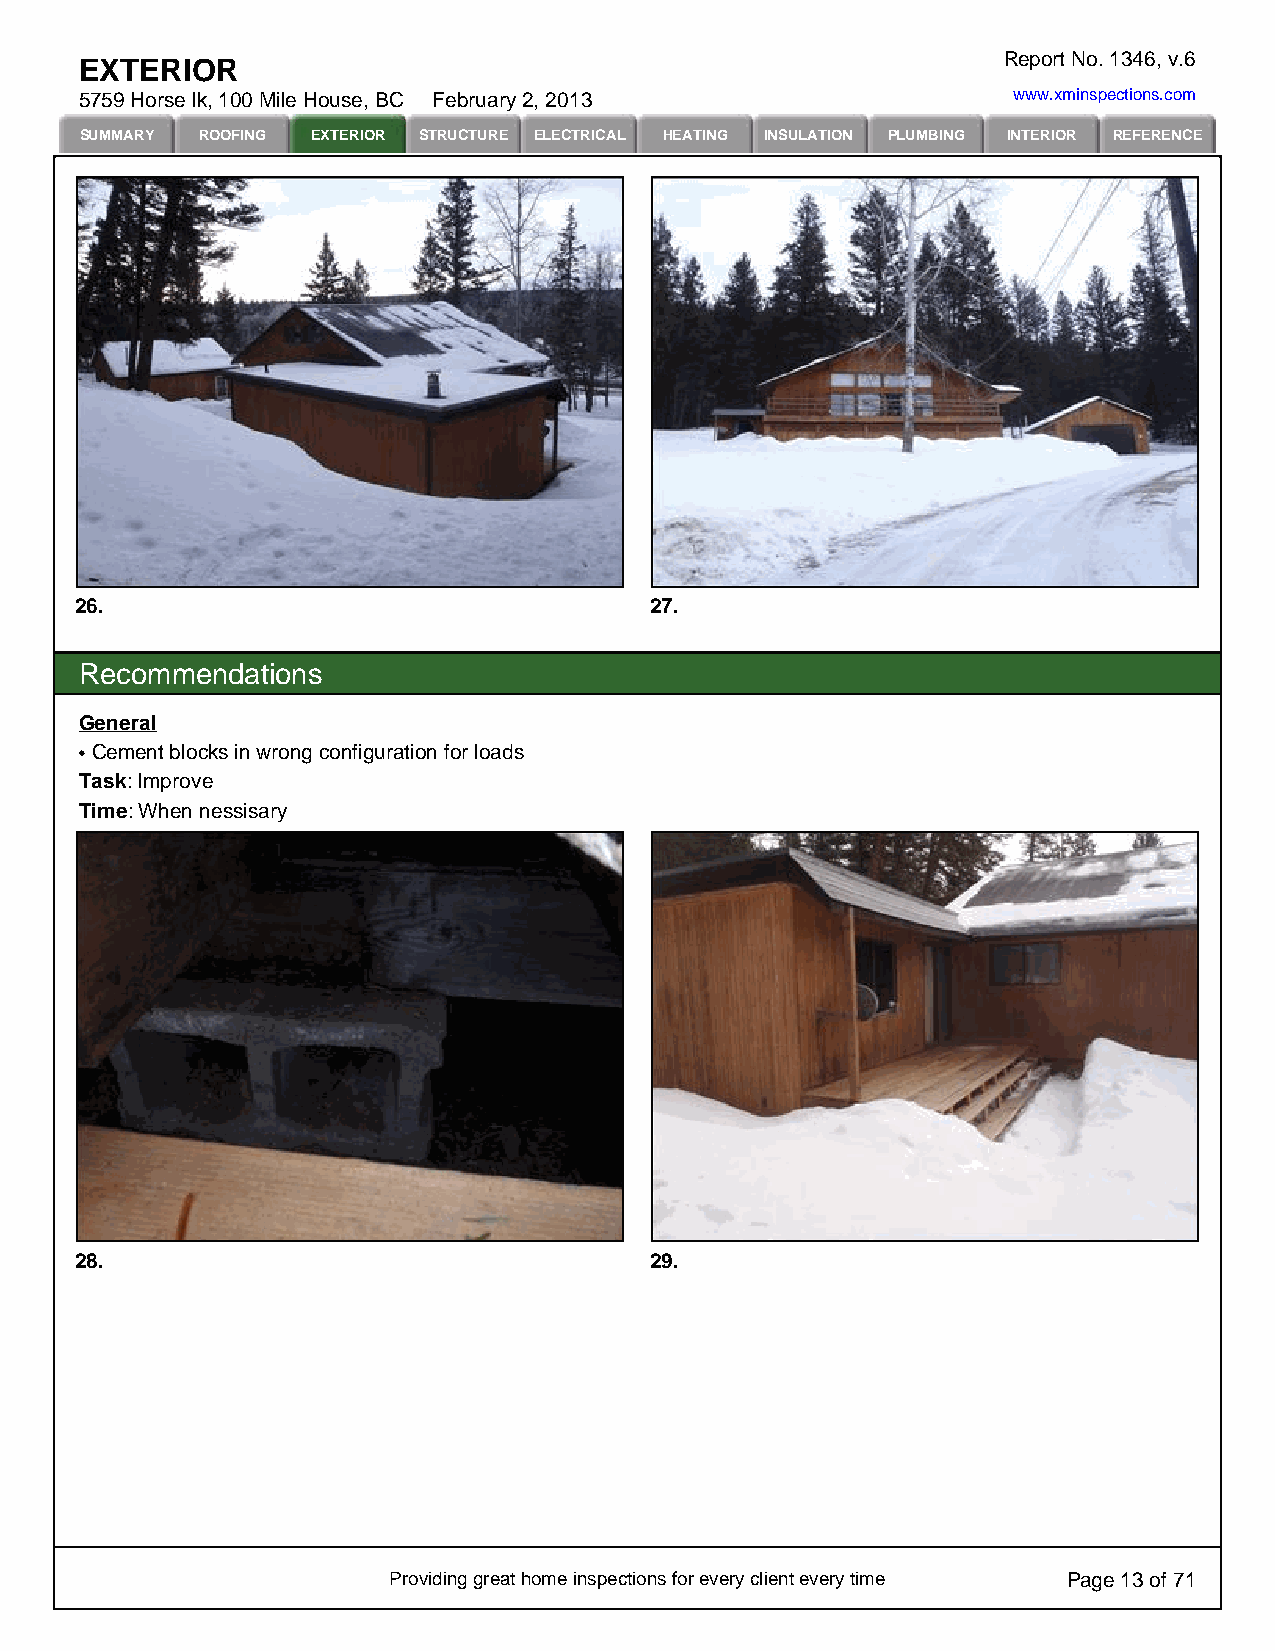
Report No. 1346, v.6
 EXTERIOR
 5759 Horse lk, 100 Mile House, BC February 2, 2013            www.xminspections.com
 SUMMARY ROOFING EXTERIOR STRUCTURE ELECTRICAL HEATING INSULATION PLUMBING INTERIOR REFERENCE
 26.                                   27.
 Recommendations
 General
 Cement blocks in wrong configuration for loads
 Task: Improve
 Time: When nessisary
 28.                                   29.
 Providing great home inspections for every client every time Page 13 of 71